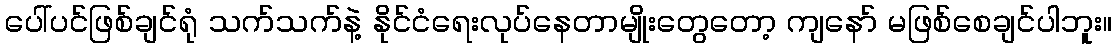
ပေါ်ပင်ဖြစ်ချင်ရုံ သက်သက်နဲ့ နိုင်ငံရေးလုပ်နေတာမျိုးတွေတော့ ကျနော် မဖြစ်စေချင်ပါဘူး။